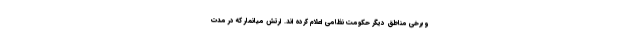
و برخی مناطق دیگر حکومت نظامی اعلام کرده اند. ارتش میانمار که در مدت